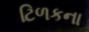
ટિળકના